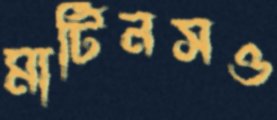
মার্টিনসও